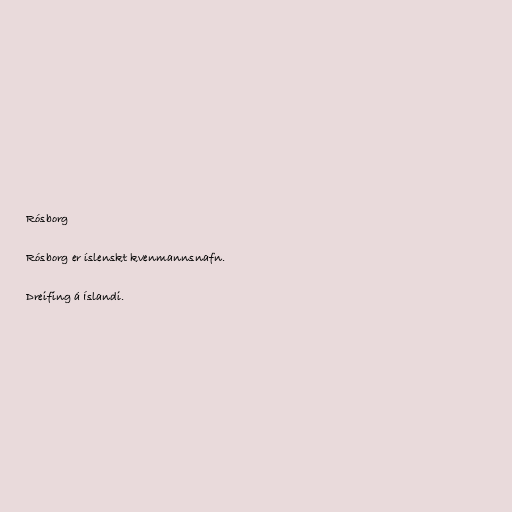
Rósborg

Rósborg er íslenskt kvenmannsnafn.

Dreifing á Íslandi.